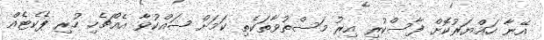
އޭނާ ހައްޔަރުކޮށް ފާސްކުރި އިރު މަސްތުވާތަކެތި ކަމަށް ޝައްކުވާ އެއްޗެހި ހުރި ޕެކެޓެއް